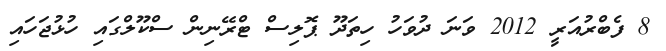
8 ފެބްރުއަރީ 2012 ވަނަ ދުވަހު ހިތަދޫ ޕޮލިސް ޓްރޭނިން ސްކޫލްގައި ހުޅުޖަހައި